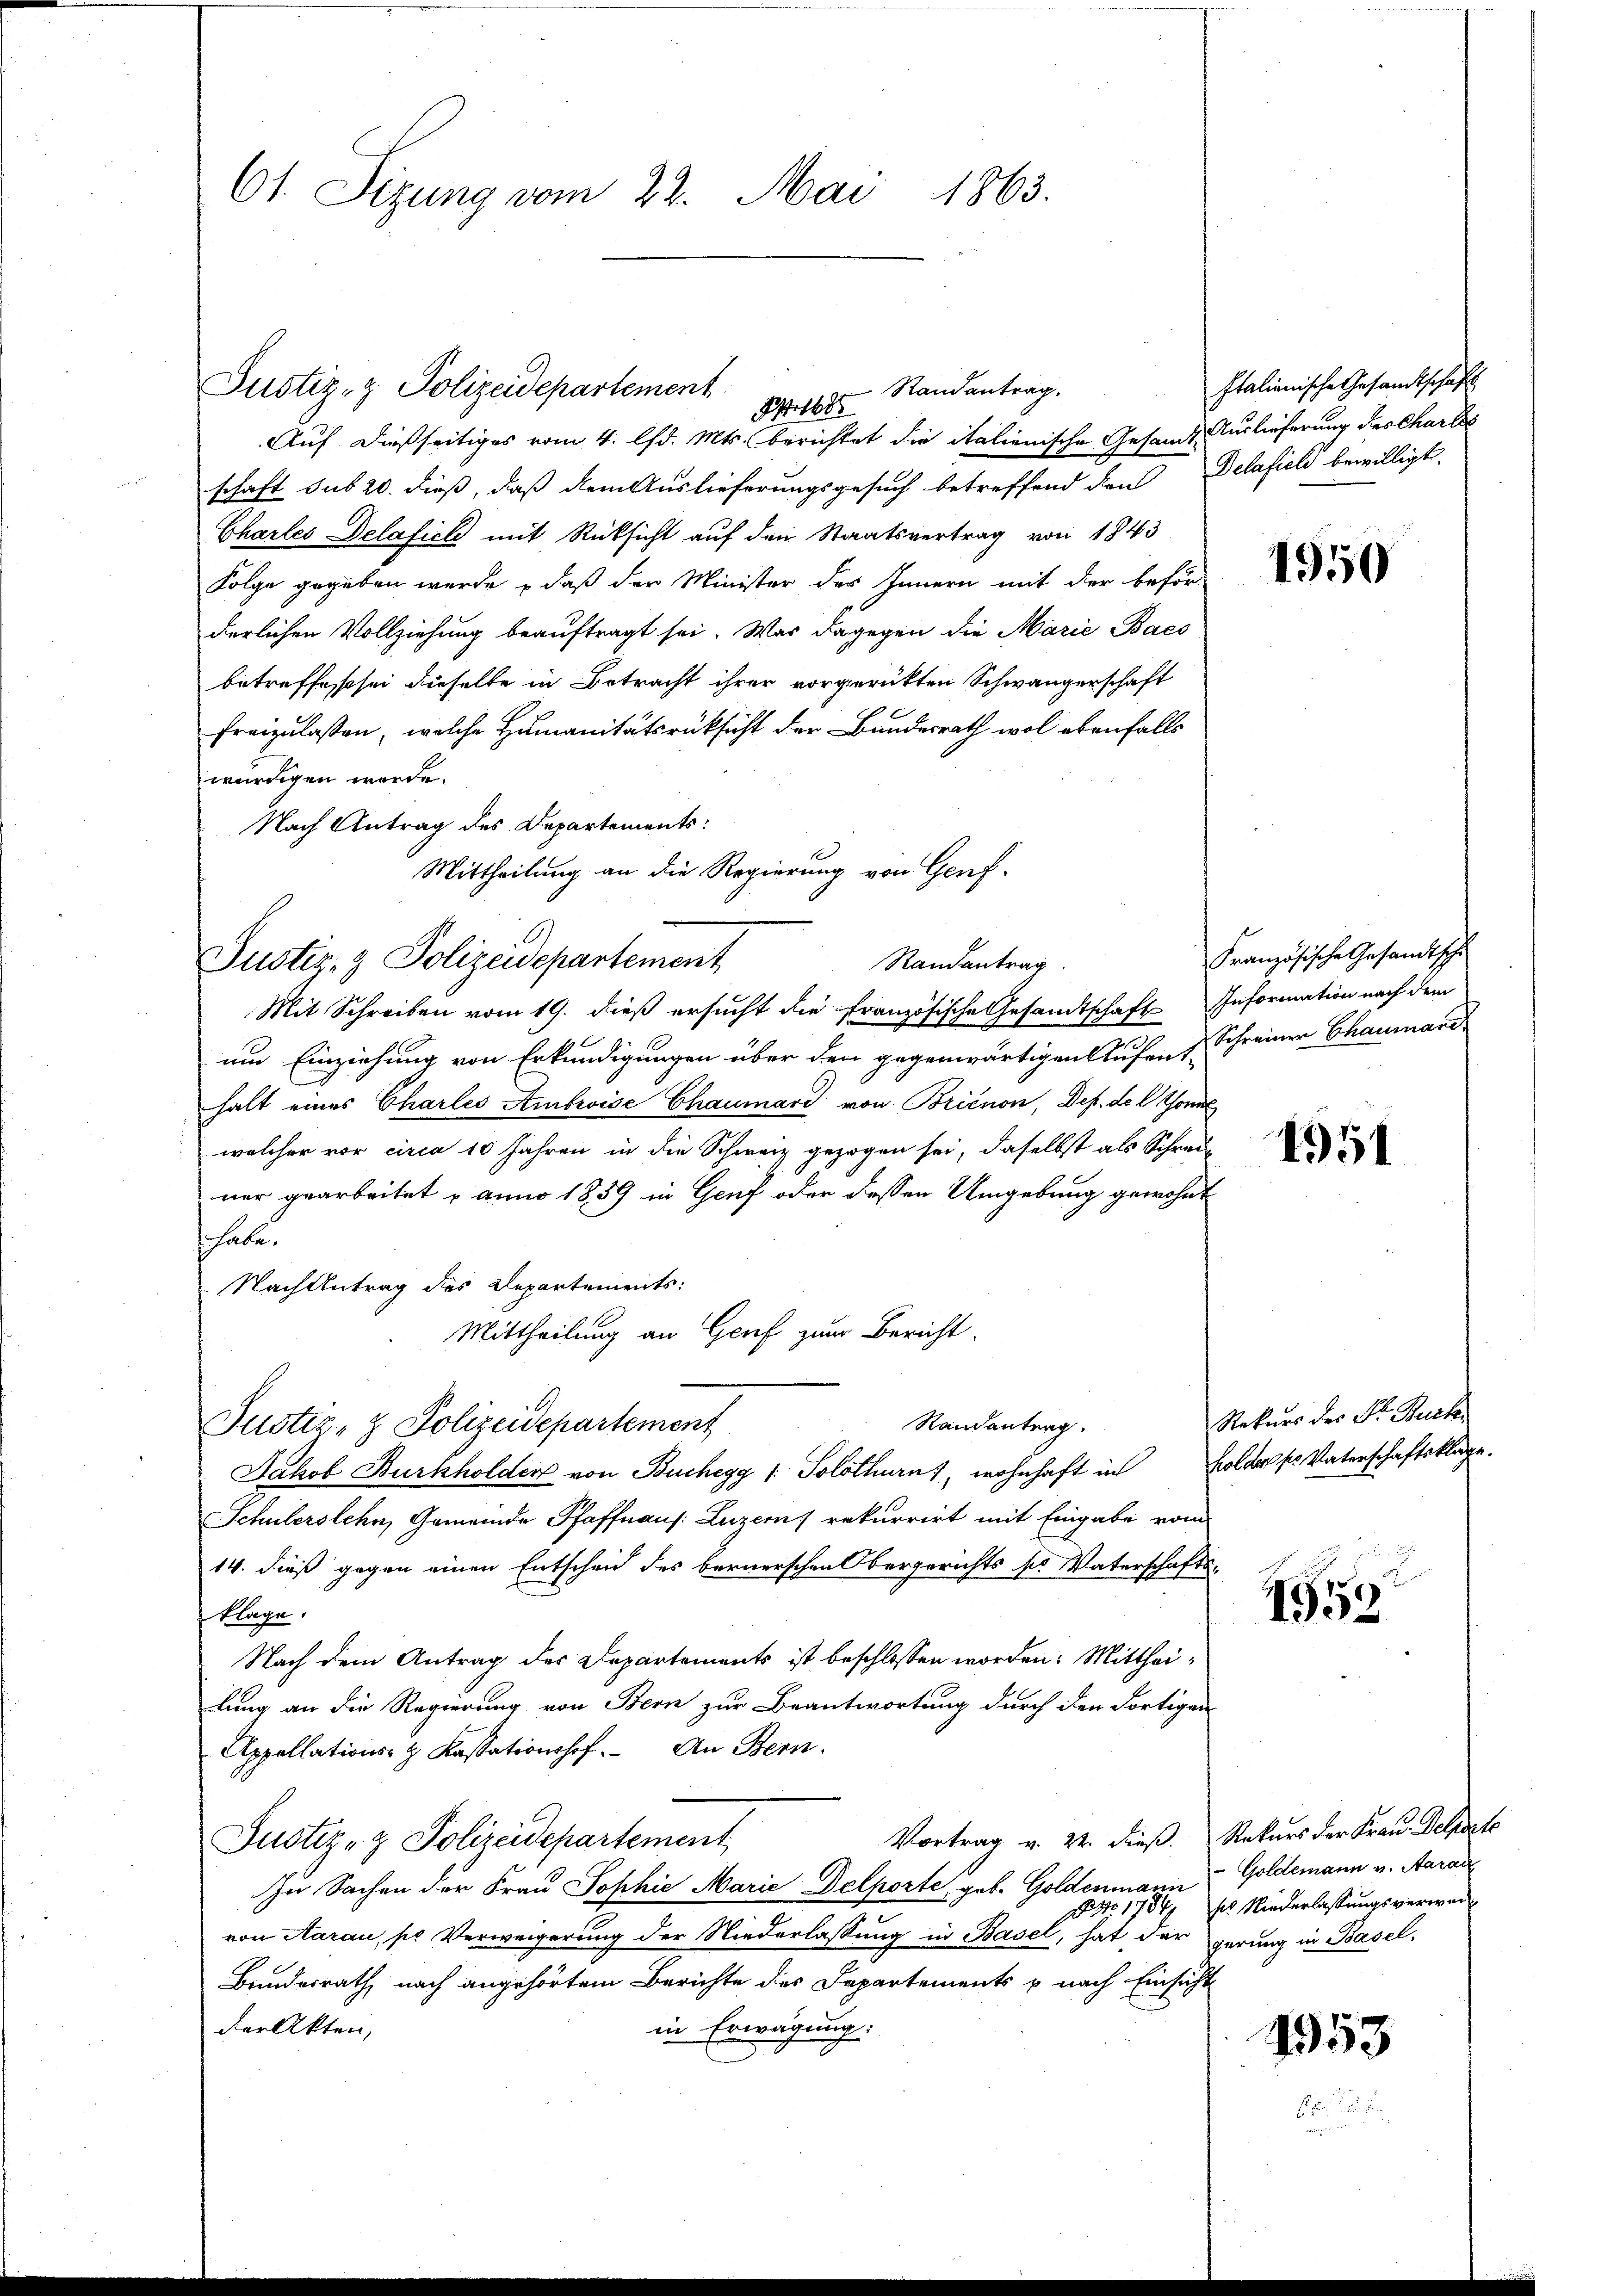
61. Sizung vom 22. Mai 1863.

Justiz- & Polizeidepartement
Auf dießseitiges vom 4. lfd. Mts. berichtet die italienische Gesandt Auslieferung des Chartes
schaft sub 20. dieß, daß dem Auslieferungsgesuch betreffend den Delafield bewilligt.
Chartes Delafiel mit Rücksicht auf den Staatsvertrag von 1843
Folge gegeben wurde, daß der Minister des Innern mit der beför
derlichen Vollziehung beauftragt sei. Was dagegen die Marie Bacs
betreffes sei dieselbe in Betracht ihrer vorgerükten Schwängerschaft
freizulassen, welche Humanitätsrücksicht der Bundesrath wol ebenfalls
würdigen werde.
Nach Antrag des Departements:
Mittheilung an die Regierung von Genf.
Justiz- & Polizeidepartement
Randantrag.
Mit Schreiben vom 19. dieß ersucht die französische Gesandtschaft Information nach dem
um Einziehung von Erkundigungen über den gegenwärtigen Aufen & Schreiner Chausard
halt eines Charles Ambroise Chaumard von Brienon, Def. de l. Thom
welcher vor circa 10 Jahren in die Schweiz gezogen sei, daselbst als Schrei
ner gearbeitet u anno 1859 in Genf oder dessen Umgebung gewohnt
habe.
Nach Antrag des Departements:
Mittheilung an Genf zum Bericht.
Randantrag.
Justiz- & Polizeidepartement
Jakob Burkholder von Buchegg /: Solothurn), wohnhaft in Holdes Vaterschaftsklage.
Schülerstehn, Gemeinde Pfaffnaus. Luzern) rekurrirt mit Eingabe vom
14. dieß gegen einen Entscheid des bernerschen Obergerichts ser Vaterschafts-
klage.
Nach dem Antrag des Departements ist beschlossen worden: Mittheilung an die Regierung von Bern zur Beantwortung durch den Fortigen
Appellations- & Kassationshof. An Bern.
Vortrag v. 22. dieß. Rekurs der Frau Geldet
Justiz- & Polizeidepartement
In Sachen der Frau Sophie Marie Delporte, geb. Goldenmann
von Aarau, pr Verweigerung der Niederlassung in Basel, hat der gerung in Basel,
Bundesrath nach angehörtem Berichte des Departements u nach Einsicht
in Erwägung:
der Akten,

Pr. Randantrag.

Italienische Gesandtschaft

1950

Französische Gesandtische

4951

Rekurs des Dr. Buch

1559

-Goldemann v. Aarau
Ao 1784 des Niederlassungsverwei¬

1953